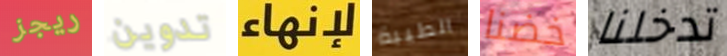
ريجز تدوين لإنهاء الطيبة خضنا تدخلنا